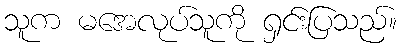
သူက မအေလုပ်သူကို ရှင်းပြသည်။